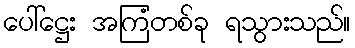
ပေါ်ဋ္ဌေး အကြံတစ်ခု ရသွားသည်။